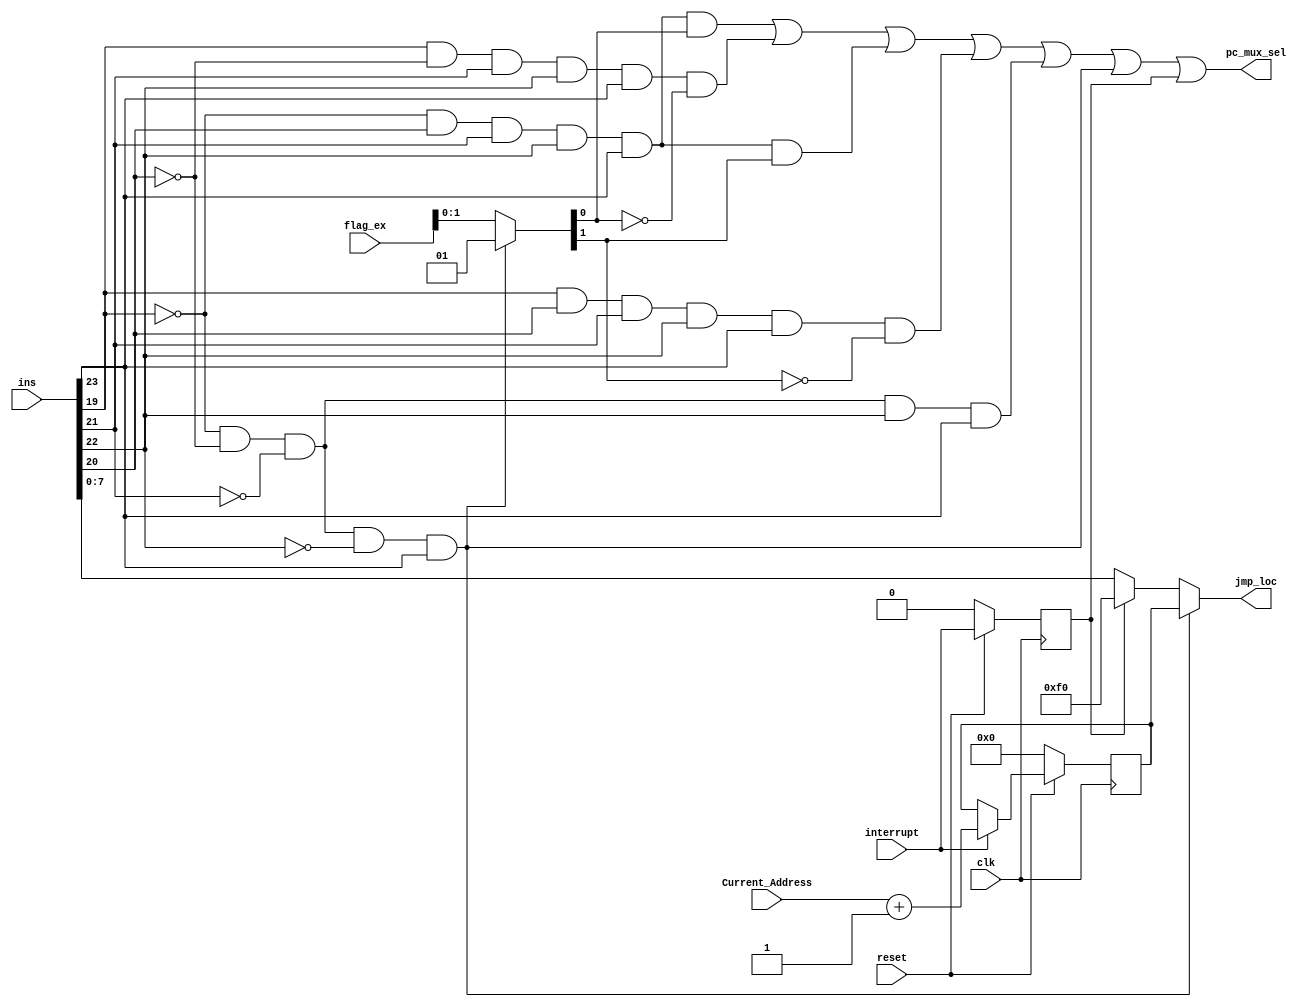
`timescale 1ns / 1ps
//////////////////////////////////////////////////////////////////////////////////
// Company: 
// Engineer: 
// 
// Design Name: 
// Module Name:    Jump_Control_Block 
// Project Name: 
// Target Devices: 
// Tool versions: 
// Description: 
//
// Dependencies: 
//
// Revision: 
// Revision 0.01 - File Created
// Additional Comments: 
//
//////////////////////////////////////////////////////////////////////////////////
module Jump_Control_Block(
    input [23:0] ins,
    input [7:0] Current_Address,
    input [3:0] flag_ex,
    input interrupt,
    input clk,
    input reset,
    output [7:0] jmp_loc,
    output pc_mux_sel
    );
wire[7:0] A_sum,A_mux,jmp_loc_mux;
reg[7:0] A_out;

wire[3:0] f_mux_1,f_mux_2;
reg[3:0] f_m1_out;

reg dff_1;
reg dff_2;

wire jc_out,jnc_out,jz_out,jnz_out,jc_and_out,jnc_and_out,jz_and_out,jnz_and_out,jmp_out,ret_out;

and JC(jc_out,~ins[19],ins[20],ins[21],ins[22],ins[23]);
and JNC(jnc_out,ins[19],~ins[20],ins[21],ins[22],ins[23]);
and JZ(jz_out,~ins[19],ins[20],ins[21],ins[22],ins[23]);
and JNZ(jnz_out,ins[19],ins[20],ins[21],ins[22],ins[23]);
and JMP(jmp_out,~ins[19],~ins[20],~ins[21],ins[22],ins[23]);
and RET(ret_out,~ins[19],~ins[20],~ins[21],~ins[22],ins[23]);


//////////////////A SERIES/////////////////

assign A_sum = Current_Address + 8'b0000_0001;
assign A_mux = (interrupt==1'b0)?A_out:A_sum;


always@(posedge clk)
begin
	if(reset==1'b1)
		A_out <= A_mux;
	else
		A_out <= 8'b0000_0000;
end
assign jmp_loc_mux = (dff_1==0)?ins[7:0]:8'hf0;
assign jmp_loc = (ret_out==1'b0)? jmp_loc_mux: A_out;
/////////////////F SERIES////////////////////

assign f_mux_1 = (dff_2==0)?f_m1_out:flag_ex;

always @(posedge clk)
begin
	if(reset==1'b1)
		f_m1_out <= f_mux_1;
	else
		f_m1_out<=4'b0000;
end

assign f_mux_2 = (ret_out==0)?flag_ex:ret_out;
///////////////////D SERIES//////////////////
always @(posedge clk)
begin
	if(reset==1'b1)
		dff_1 <= interrupt;
	else
		dff_1 <= 0;
end

always @(posedge clk)
begin
	if(reset==1'b1)
		dff_2 <= dff_1;
	else
		dff_2 <= 0;
end

//////////////////PC_MUX_SEL Section////////////////////////////
and JC_and(jc_and_out,jc_out,f_mux_2[0]);
and JNC_and(jnc_and_out,jnc_out,~f_mux_2[0]);
and JZ_and(jz_and_out,jz_out,f_mux_2[1]);
and JNZ_and(jnz_and_out,jnz_out,~f_mux_2[1]);


or final_or(pc_mux_sel,jc_and_out,jnc_and_out,jz_and_out,jnz_and_out,jmp_out,ret_out,dff_1);



endmodule